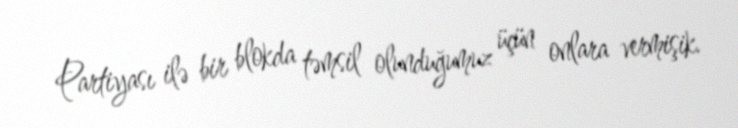
Partiyası ilə bir blokda təmsil olunduğumuz üçün onlara vermişik.